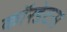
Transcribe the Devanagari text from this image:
कॉरडेटस